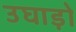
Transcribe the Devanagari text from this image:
उघाड़ो